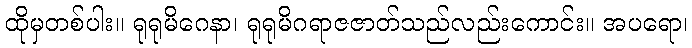
ထိုမှတစ်ပါး။ ရုရုမိဂေနာ၊ ရုရုမိဂရာဇဇာတ်သည်လည်းကောင်း။ အပရော၊